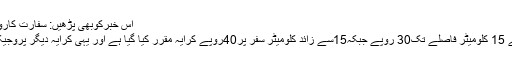
اس خبرکوبھی پڑھیں: سفارت کاروں کی سکیورٹی میزبان ملک کی ذمہ داری: تجزیہ کار
بس کا کرایہ 5 کلومیٹر فاصلے تک 20 روپے ، 5 سے 15 کلومیٹر فاصلے تک30 روپے جبکہ15سے زائد کلومیٹر سفر پر40روپے کرایہ مقرر کیا گیا ہے اور یہی کرایہ دیگر پروجیکٹس کے تحت چلائی جانے والی بسز پر بھی لاگو ہوگا۔